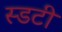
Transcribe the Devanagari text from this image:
स्डटी